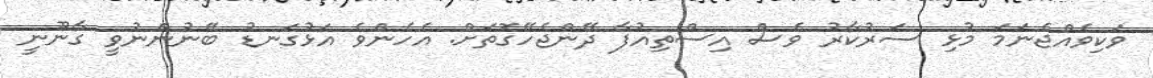
ވަކިވެއްޖެނަމަ މުޅި ސަރުކާރު ވެސް އިސްތިއުފާ ދޭންޖެހޭގޮތަށް. އެހެންވެ އަޅުގަނޑު ބޭނުންނުވީ ގާނޫނީ